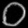
Digit: ၀